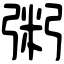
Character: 粥